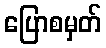
ပြောစမှတ်